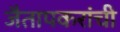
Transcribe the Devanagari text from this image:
जैतापकरांची